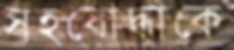
সহযোদ্ধাকে